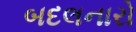
બદલનારો